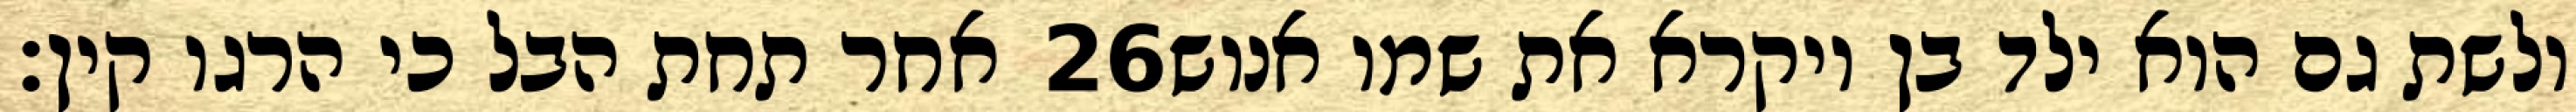
אחר תחת הבל כי הרגו קין׃ ‎26‏ ולשת גם הוא ילד בן ויקרא את שמו אנוש